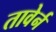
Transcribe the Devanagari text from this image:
तावेर्न